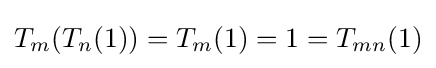
T_{m}(T_{n}(1))=T_{m}(1)=1=T_{mn}(1)